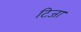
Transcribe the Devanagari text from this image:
टिजा